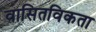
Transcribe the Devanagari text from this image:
वासितविकता